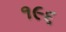
૧૯૬